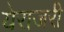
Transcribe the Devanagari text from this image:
येराजरी